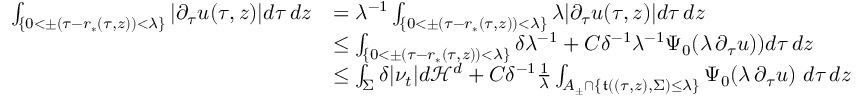
\begin{array} { r l } { \int _ { \{ 0 < \pm ( \tau - r _ { * } ( \tau , z ) ) < \lambda \} } | \partial _ { \tau } u ( \tau , z ) | d \tau \, d z } & { = \lambda ^ { - 1 } \int _ { \{ 0 < \pm ( \tau - r _ { * } ( \tau , z ) ) < \lambda \} } \lambda | \partial _ { \tau } u ( \tau , z ) | d \tau \, d z } \\ & { \leq \int _ { \{ 0 < \pm ( \tau - r _ { * } ( \tau , z ) ) < \lambda \} } \delta \lambda ^ { - 1 } + C \delta ^ { - 1 } \lambda ^ { - 1 } \Psi _ { 0 } ( \lambda \, \partial _ { \tau } u ) ) d \tau \, d z } \\ & { \leq \int _ { \Sigma } \delta | \nu _ { t } | d \mathcal { H } ^ { d } + C \delta ^ { - 1 } \frac { 1 } { \lambda } \int _ { A _ { \pm } \cap \{ \mathfrak { t } ( ( \tau , z ) , \Sigma ) \leq \lambda \} } \Psi _ { 0 } ( \lambda \, \partial _ { \tau } u ) \ d \tau \, d z } \end{array}